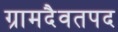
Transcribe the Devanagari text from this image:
ग्रामदैवतपद